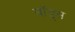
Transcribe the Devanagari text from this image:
बॉंड्स